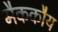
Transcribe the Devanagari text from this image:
मैककौय